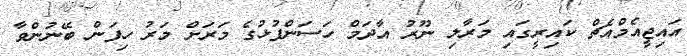
އައިޖީއެމްއެޗް ކައިރީގައި މަރާލި ނޫރު އާދަމް ހަސަންފުޅުގެ މަރަށް މަރު ހިފަން ބޭނުންވާ